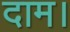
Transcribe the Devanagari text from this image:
दाम।